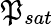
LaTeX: \mathfrak{P}_{sat}